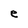
Character: e